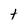
Character: t